Indian journal of veterinary science and animal husbandry - Volumes 15-17, 1948-1951
Year: 1948
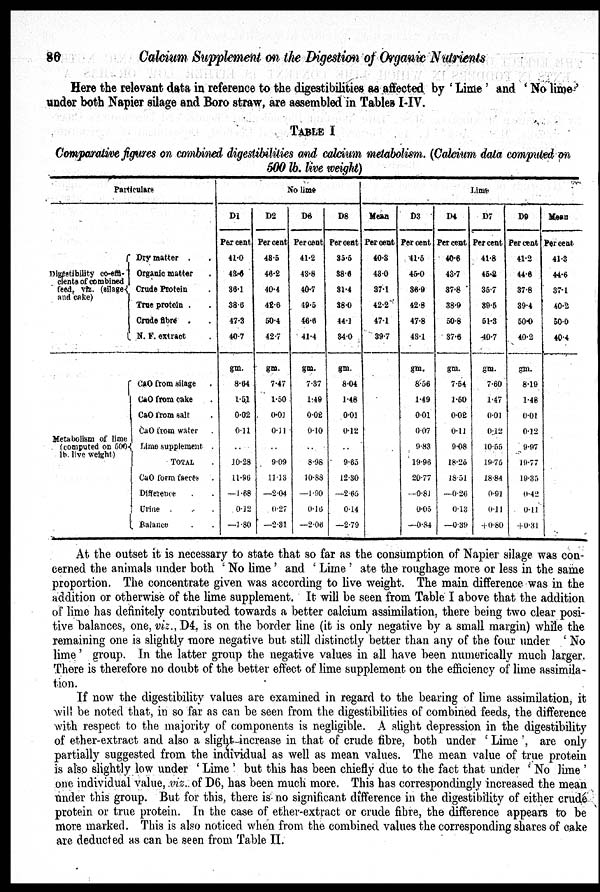
86
Calcium Supplement on the Digestion of Organic Nutrients
Here the relevant data in reference to the digestibilities as affected by 'Lime' and 'No lime'
under both Napier silage and Boro straw, are assembled in Tables I-IV.
TABLE I
Comparative figures on combined digestibilities and calcium metabolism. (Calcium data computed on
500 lb. live weight)
Particulars
Digestibility co-effi-
cients of combined
feed, vrz. (silage {
and cake)
Metabolism of lime
(computed on 500 {
lb. live weight)
Dry matter
.
Organic matter .
Crude Protein
True protein .
Crude fibre
N. F. extract
CaO
from silage
CaO from cake
CaO from salt
CaO from water
Lime
supplement .
TOTAL
.
CaO form faeces .
Difference . .
Crine . . .
Balance . .
No lime
D1
Per cent
41.0
43.6
36.1
38.6
47.3
40.7
gm.
8.64
1.51
0.02
0.11
..
10.28
11.96
—1.68
0.12
—1.80
D2
Per cent
48.5
46.2
40.4
42.6
50.4
42.7
gm.
7.47
1.50
0.01
0.11
9.09
11.13
—2.64
0.27
—2.81
D6
Per cent
41.2
43.8
40.7
49.5
46.6
41.4
gm.
7.37
1.49
0.02
0.10
8.98
10.88
—1.90
0.16
—2.06
D8
Per cent
35.5
38.6
31.4
38.0
44.1
84.0
gm.
8.04
1.48
0.01
0.12
9.65
12.30
—2.65
0.14
—2.79
Lime
Mean
Per cent
40.3
43.0
37.1
42.2
47.1
39.7
D3
Per cent
41.5
45.0
36.9
42.8
47.8
43.1
gm.
8.56
1.49
0.01
0.07
9.83
19.96
20.77
0.81
0.05
—0.84
D4
Per cent
40.6
43.7
37.8
38.9
50.8
37.6
gm.
7.54
1.50
0.02
0.11
9.08
18.25
18.51
—0.26
0.13
—0.39
D7
Per cent
41.8
45.2
35.7
39.5
51.3
40.7
gm.
7.60
1.47
0.01
0.12
10.55
19.75
18.84
0.91
0.11
+0.80
D9
Per cent
41.2
44.6
37.8
39.4
50.0
40.2
gm.
8.19
1.48
0.01
0.12
9.97
19.77
19.35
0.42
0.11
+0.31
Mean
Per cent
41.3
44.6
37.1
40.2
50.0
40.4
At the outset it is necessary to state that so far as the consumption of Napier silage was con-
cerned the animals under both 'No lime' and 'Lime' ate the roughage more or less in the same
proportion. The concentrate given was according to live weight. The main difference was in the
addition or otherwise of the lime supplement. It will be seen from Table I above that the addition
of lime has definitely contributed towards a better calcium assimilation, there being two clear posi-
tive balances, one, viz., D4. is on the border line (it is only negative by a small margin) while the
remaining one is slightly more negative but still distinctly better than any of the four under 'No
lime' group. In the latter group the negative values in all have been numerically much larger.
There is therefore no doubt of the better effect of lime supplement on the efficiency of lime assimila-
tion.
If now the digestibility values are examined in regard to the bearing of lime assimilation, it
will be noted that, in so far as can be seen from the digestibilities of combined feeds, the difference
with respect to the majority of components is negligible. A slight depression in the digestibility
of ether-extract and also a slight increase in that of crude fibre, both under 'Lime', are only
partially suggested from the individual as well as mean values. The mean value of true protein
is also slightly low under 'Lime' but this has been chiefly due to the fact that under 'No lime'
one individual value, viz. of D6, has been much more. This has correspondingly increased the mean
under this group. But for this, there is no significant difference in the digestibility of either crude
protein or true protein. In the case of ether-extract or crude fibre, the difference appears to be
more marked. This is also noticed when from the combined values the corresponding shares of cake
are deducted as can be seen from Table II.